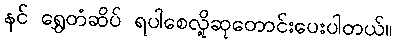
နင် ရွှေတံဆိပ် ရပါစေလို့ဆုတောင်းပေးပါတယ်။